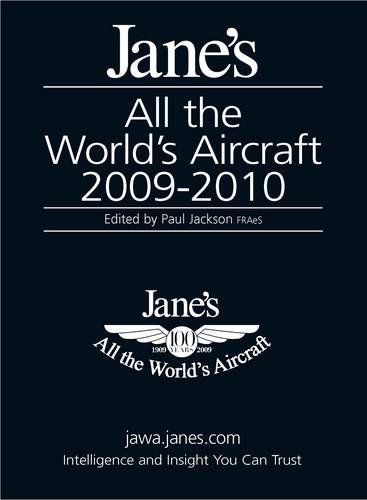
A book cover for Jane's All the World's Aircraft 2009 2010; Engineering & Transportation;